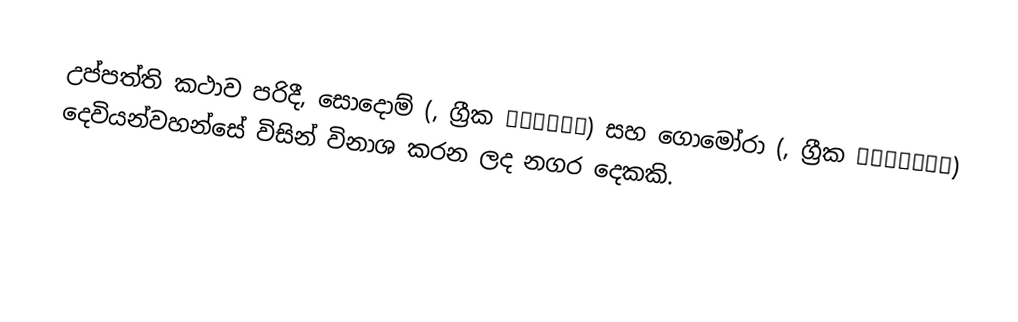
උප්පත්ති කථාව පරිදී, සොදොම් (, ග්‍රීක Σόδομα) සහ ගොමෝරා (, ග්‍රීක Γόμορρα)  දෙවියන්වහන්සේ විසින් විනාශ කරන ලද නගර දෙකකි.